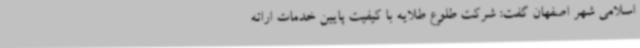
اسلامی شهر اصفهان گفت: شرکت طلوع طلایه با کیفیت پایین خدمات ارائه